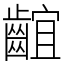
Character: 𪘲